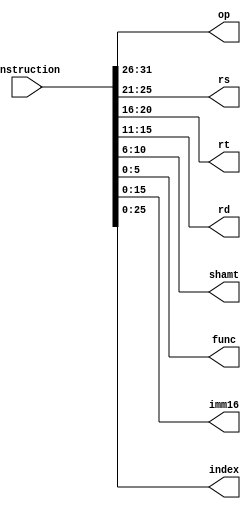
module InstructionDecoder(instruction, op, rs, rt, rd, shamt, func, imm16, index);
	input [31:0]instruction;
	output [5:0]op;
	output [4:0]rs;
	output [4:0]rt;
	output [4:0]rd;
	output [4:0]shamt;
	output [5:0]func;
	output [15:0]imm16;
	output [25:0]index;

	assign op = instruction[31:26];
	assign rs = instruction[25:21];
	assign rt = instruction[20:16];
	assign rd = instruction[15:11];
	assign shamt = instruction[10:6];
	assign func = instruction[5:0];
	assign imm16 = instruction[15:0];
	assign index = instruction[25:0];
endmodule